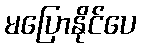
မပြောနိုင်ပေ